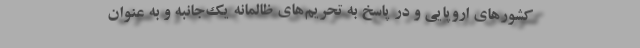
کشورهای اروپایی و در پاسخ به تحریم‌های ظالمانه یک‌جانبه و به عنوان